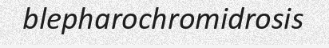
blepharochromidrosis